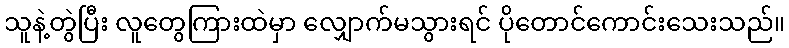
သူနဲ့တွဲပြီး လူတွေကြားထဲမှာ လျှောက်မသွားရင် ပိုတောင်ကောင်းသေးသည်။